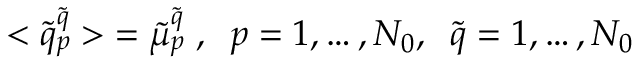
< \tilde { q } _ { p } ^ { \tilde { q } } > \; = \tilde { \mu } _ { p } ^ { \tilde { q } } \; , \; \; p = 1 , \dots , N _ { 0 } , \; \; \tilde { q } = 1 , \dots , N _ { 0 }